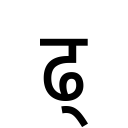
OCR:
ढ्